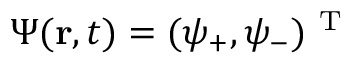
\Psi ( \mathbf { r } , t ) = ( \psi _ { + } , \psi _ { - } ) ^ { \mathrm { ~ T ~ } }